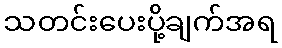
သတင်းပေးပို့ချက်အရ